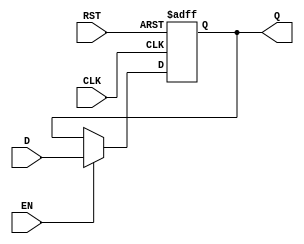
module gated_d_latch_flip_flop (
    input D,
    input EN,
    input CLK,
    input RST,
    output reg Q
);

always @(posedge CLK or posedge RST) begin
    if (RST) begin
        Q <= 0;
    end else begin
        if (EN) begin
            Q <= D;
        end
    end
end

endmodule